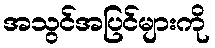
အသွင်အပြင်များကို